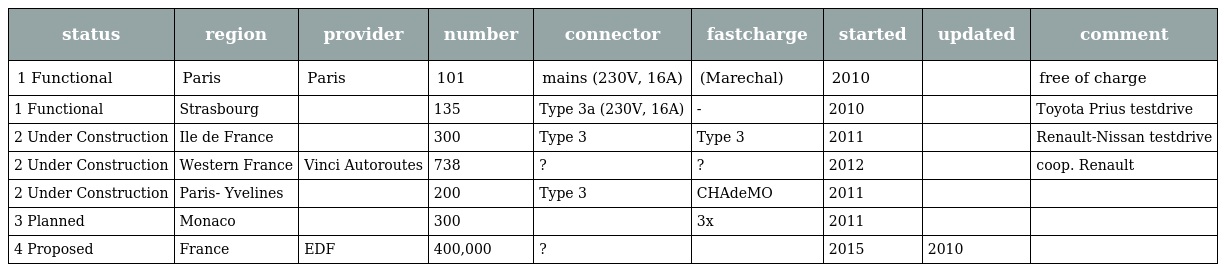
| status | region | provider | number | connector | fastcharge | started | updated | comment |
 | --- | --- | --- | --- | --- | --- | --- | --- | --- |
 | 1 Functional | Paris | Paris | 101 | mains (230V, 16A) | (Marechal) | 2010 |  | free of charge |
 | 1 Functional | Strasbourg |  | 135 | Type 3a (230V, 16A) | - | 2010 |  | Toyota Prius testdrive |
 | 2 Under Construction | Ile de France |  | 300 | Type 3 | Type 3 | 2011 |  | Renault-Nissan testdrive |
 | 2 Under Construction | Western France | Vinci Autoroutes | 738 | ? | ? | 2012 |  | coop. Renault |
 | 2 Under Construction | Paris- Yvelines |  | 200 | Type 3 | CHAdeMO | 2011 |  |  |
 | 3 Planned | Monaco |  | 300 |  | 3x | 2011 |  |  |
 | 4 Proposed | France | EDF | 400,000 | ? |  | 2015 | 2010 |  |